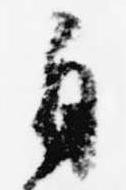
自